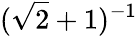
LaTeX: (\sqrt{2}+1)^{-1}